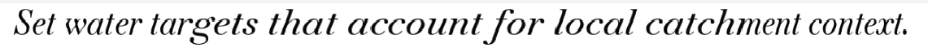
Set water targets that account for local catchment context.